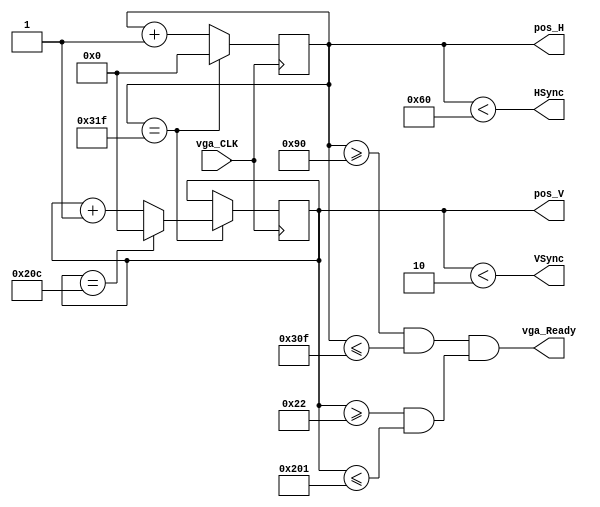
module vga(vga_CLK, VSync, HSync, vga_Ready, pos_H, pos_V);

input vga_CLK;
output reg [9:0] pos_H, pos_V; // POSH (0,799) POSV (0,524)
output wire vga_Ready, HSync, VSync;

parameter H_sync = 96;
parameter H_back = 48;
parameter H_front = 16;
parameter one_line = 799;
parameter V_sync = 2;
parameter V_back = 32;
parameter V_front = 11;
parameter one_frame = 524; 

wire vga_ReadyH, vga_ReadyV;

initial begin
	pos_H = 10'd0;
	pos_V = 10'd0;
end

always @(posedge vga_CLK) begin
	if(pos_H == one_line) begin 
		pos_H <= 0;
		if(pos_V == one_frame) pos_V <= 0;
		else pos_V <= pos_V + 1;
		end
	else pos_H <= pos_H + 1;
end

assign HSync = (pos_H < H_sync);
assign VSync = (pos_V < V_sync);
assign vga_ReadyH = (pos_H >= (H_sync+H_back) && pos_H <= (one_line-H_front));
assign vga_ReadyV = (pos_V >= (V_sync+V_back) && pos_V <= (one_frame-V_front));
assign vga_Ready = (vga_ReadyH && vga_ReadyV);

endmodule